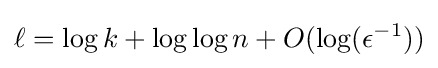
\ell =\log k+\log \log n+O(\log(\epsilon ^{-1}))